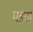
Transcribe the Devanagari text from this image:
महंतां